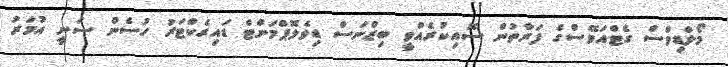
މޯލްޑިވްސް ގެޓްއަވޭސްގެ ފަރާތުން ސޮއިކުރެއްވީ ބިޒްނަސް ޑިވެލޮޕްމަންޓް ޑައިރެކްޓަރު ހުސެން ސަނީ އުމަރު